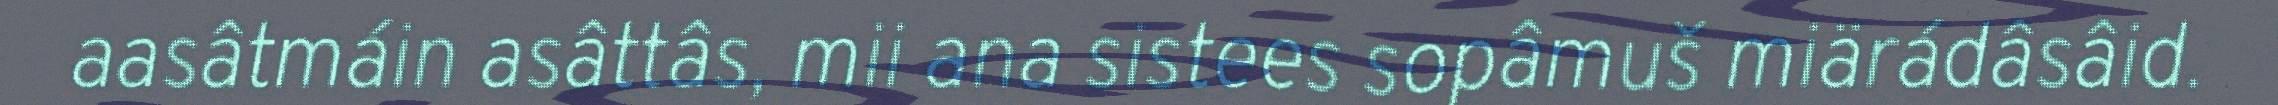
aasâtmáin asâttâs, mii ana sistees sopâmuš miärádâsâid.